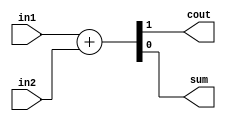

module half_adder (
    input wire in1,
    input wire in2,
    output wire cout,
    output wire sum
);
    assign {cout,sum}=in1+in2;
endmodule